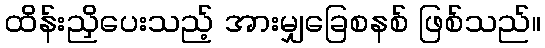
ထိန်းညှိပေးသည့် အားမျှခြေစနစ် ဖြစ်သည်။